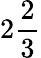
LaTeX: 2{\frac{2}{3}}